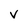
Character: V